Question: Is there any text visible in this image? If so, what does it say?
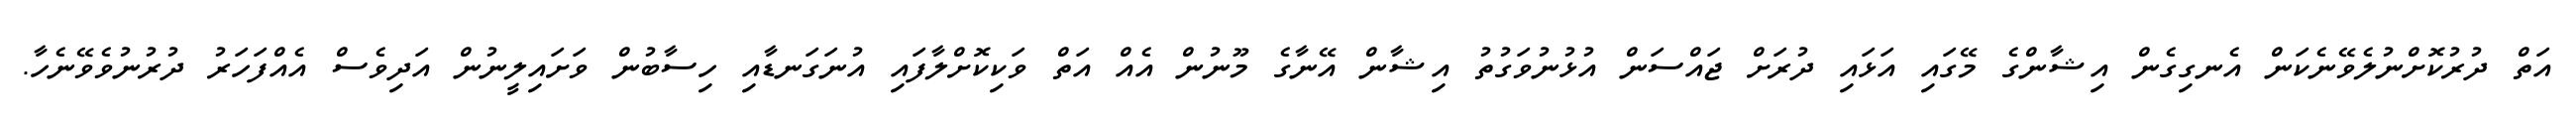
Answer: އަތް ދުރުކޮށްނުލެވޭނެކަން އެނގިގެން އިޝާންގެ މޭގައި އަޅައި ދުރަށް ޖައްސަން އުޅުނުވަގުތު އިޝާން އޭނާގެ މޫނުން އެއް އަތް ވަކިކޮށްލާފައި އުނަގަނޑާއި ހިސާބުން ވަށައިލީނުން އަދިވެސް އެއްފަހަރު ދުރުނުވެވޭނެހާ.